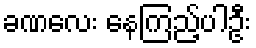
ခဏလေး နေကြည့်ပါဦး